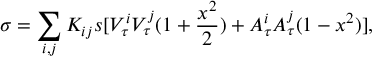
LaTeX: \sigma = \sum _ { i , j } K _ { i j } s [ V _ { \tau } ^ { i } V _ { \tau } ^ { j } ( 1 + \frac { x ^ { 2 } } { 2 } ) + A _ { \tau } ^ { i } A _ { \tau } ^ { j } ( 1 - x ^ { 2 } ) ] ,